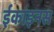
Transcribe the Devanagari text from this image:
ईकाइनस